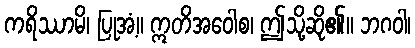
ကရိဿာမိ၊ ပြုအံ့။ ဣတိအဝေါစ၊ ဤသို့ဆို၏။ ဘဂဝါ၊